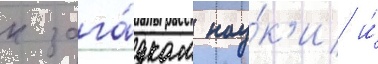
к зага́дкам нау́к'и и́